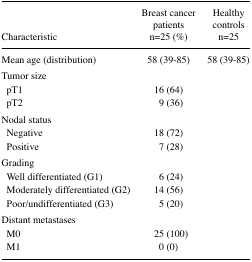
| Characteristic | Breast cancer patientsn=25 (%) | Healthy controlsn=25 |
 | --- | --- | --- |
 | Mean age (distribution) | 58 (39–85) | 58 (39–85) |
 | <COLSPAN=3> Tumor size |
 | pT1 | 16 (64) |  |
 | pT2 | 9 (36) |  |
 | <COLSPAN=3> Nodal status |
 | Negative | 18 (72) |  |
 | Positive | 7 (28) |  |
 | <COLSPAN=3> Grading |
 | Well differentiated (G1) | 6 (24) |  |
 | Moderately differentiated (G2) | 14 (56) |  |
 | Poor/undifferentiated (G3) | 5 (20) |  |
 | <COLSPAN=3> Distant metastases |
 | M0 | 25 (100) |  |
 | M1 | 0 (0) |  |